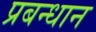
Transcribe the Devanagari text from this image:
प्रबन्धान